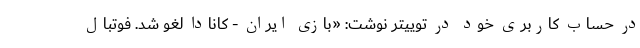
در حساب کاربری خود در توییتر نوشت: «بازی ایران - کانادا لغو شد. فوتبال